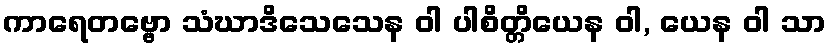
ကာရေတဗ္ဗော သံဃာဒိသေသေန ဝါ ပါစိတ္တိယေန ဝါ, ယေန ဝါ သာ